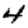
Digit: 4